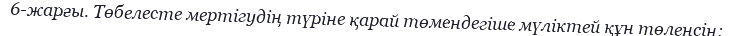
6-жарғы. Төбелесте мертігудің түріне қарай төмендегіше мүліктей құн төленсін: